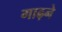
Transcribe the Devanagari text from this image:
गाढ़ने